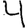
Digit: 4